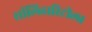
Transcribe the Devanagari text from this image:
सॉलिडारिटीला